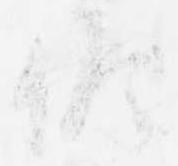
候